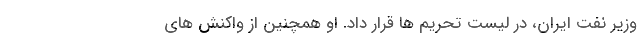
وزیر نفت ایران، در لیست تحریم ها قرار داد. او همچنین از واکنش های